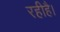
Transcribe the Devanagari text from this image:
रहीहै।